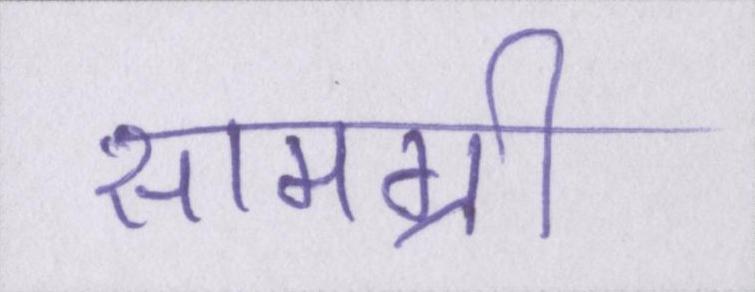
सामग्री